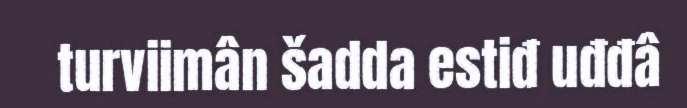
turviimân šadda estiđ uđđâ